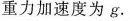
重力加速度为g.